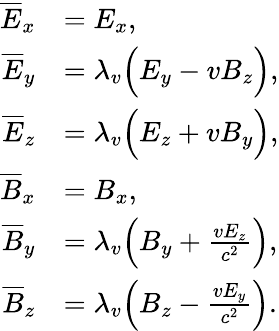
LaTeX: \begin{array}{rl}{\overline{{E}}_{x}}&{=E_{x},}\\ {\overline{{E}}_{y}}&{=\lambda_{v}\Big(E_{y}-vB_{z}\Big),}\\ {\overline{{E}}_{z}}&{=\lambda_{v}\Big(E_{z}+vB_{y}\Big),}\\ {\overline{{B}}_{x}}&{=B_{x},}\\ {\overline{{B}}_{y}}&{=\lambda_{v}\Big(B_{y}+\frac{vE_{z}}{c^{2}}\Big),}\\ {\overline{{B}}_{z}}&{=\lambda_{v}\Big(B_{z}-\frac{vE_{y}}{c^{2}}\Big).}\end{array}